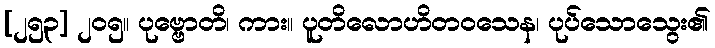
[၂၅၃] ၂၀၅။ ပုဗ္ဗောတိ၊ ကား။ ပူတိလောဟိတဝသေန၊ ပုပ်သောသွေး၏